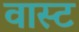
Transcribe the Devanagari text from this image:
वास्ट